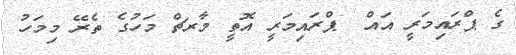
ގެ ޕްރައިމަރީ އައް  ޕްރައިމަރީ އޮތީ މާރޗް މަހުގެ ތެރޭ މިމަހު